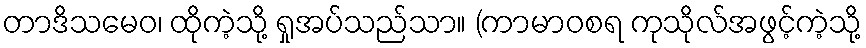
တာဒိသမေဝ၊ ထိုကဲ့သို့ ရှုအပ်သည်သာ။ (ကာမာဝစရ ကုသိုလ်အဖွင့်ကဲ့သို့